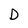
Character: D